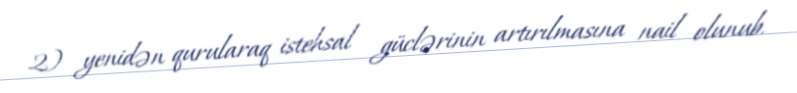
2) yenidən qurularaq istehsal güclərinin artırılmasına nail olunub.